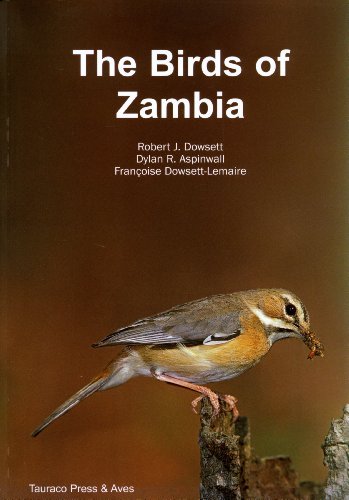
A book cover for By Dowsett The Birds of Zambia: An Atlas and Handbook [Paperback]; Travel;